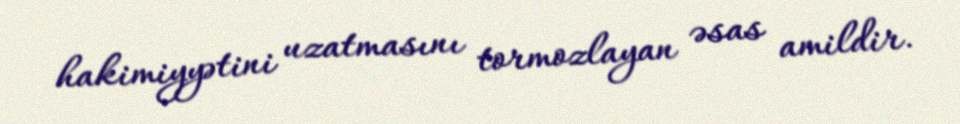
hakimiyyətini uzatmasını tormozlayan əsas amildir.